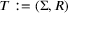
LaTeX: T : = ( \Sigma , R )